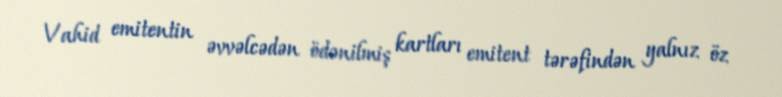
Vahid emitentin əvvəlcədən ödənilmiş kartları emitent tərəfindən yalnız öz